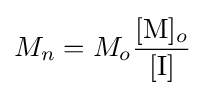
M_{n}=M_{o}{\frac {[{\mbox{M}}]_{o}}{[{\mbox{I}}]}}